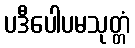
ပဒီပေါပမသုတ္တံ